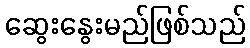
ဆွေးနွေးမည်ဖြစ်သည်